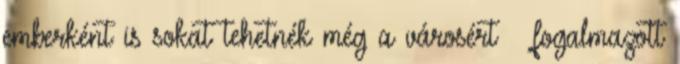
emberként is sokat tehetnék még a városért – fogalmazott